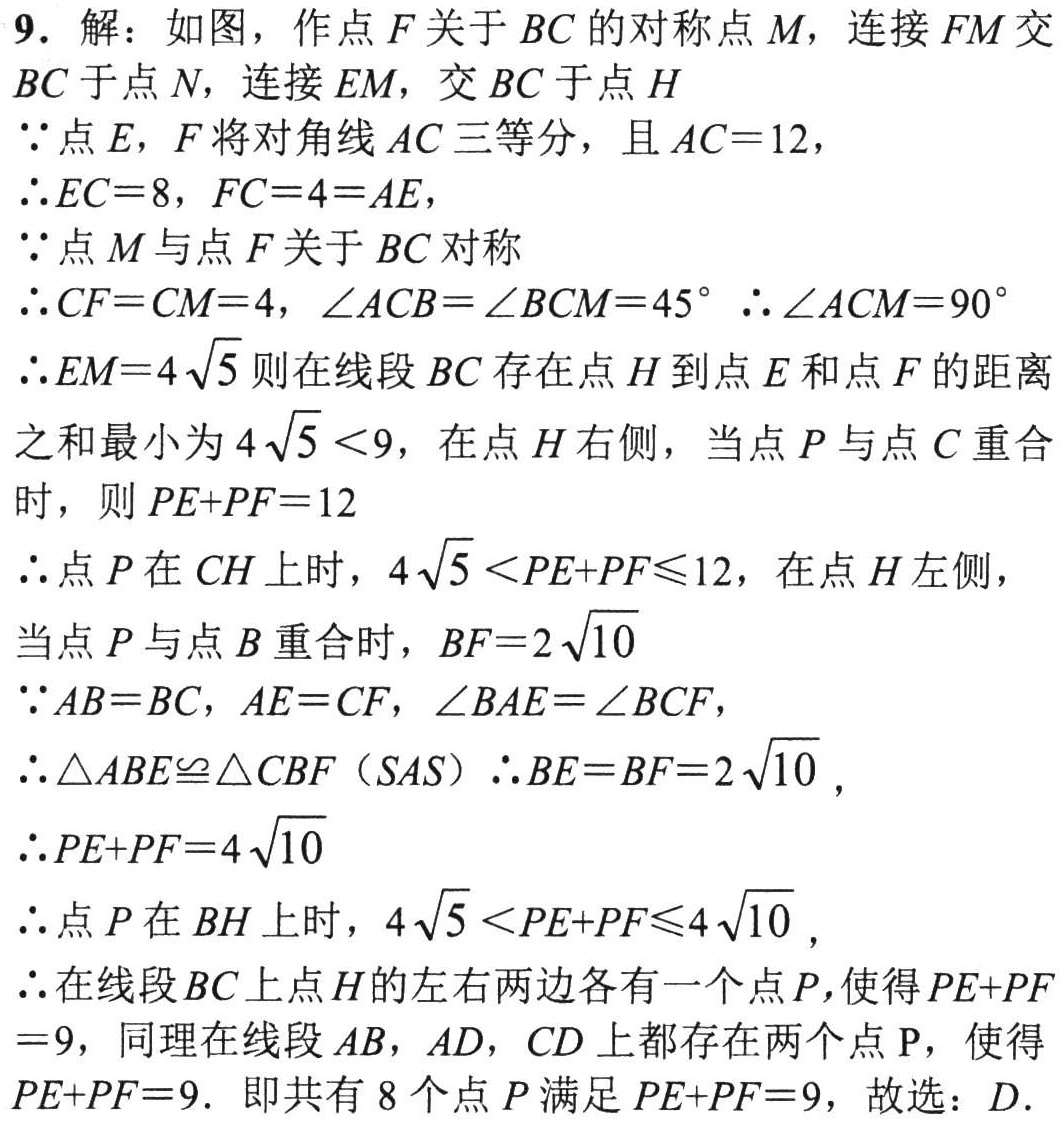
9. 解：如图，作点\(F\)关于\(BC\)的对称点\(M\)，连接\(FM\)交
\(BC\)于点\(N\)，连接\(EM\)，交\(BC\)于点\(H\)
\(\because\)点\(E\)，\(F\)将对角线\(AC\)三等分，且\(AC = 12\)，
\(\therefore EC = 8\)，\(FC = 4=AE\)，
\(\because\)点\(M\)与点\(F\)关于\(BC\)对称
\(\therefore CF = CM = 4\)，\(\angle ACB=\angle BCM = 45^{\circ}\) \(\therefore\angle ACM = 90^{\circ}\)
\(\therefore EM = 4\sqrt{5}\)则在线段\(BC\)存在点\(H\)到点\(E\)和点\(F\)的距离
之和最小为\(4\sqrt{5}<9\)，在点\(H\)右侧，当点\(P\)与点\(C\)重合
时，则\(PE + PF=12\)
\(\therefore\)点\(P\)在\(CH\)上时，\(4\sqrt{5}<PE + PF\leqslant12\)，在点\(H\)左侧，
当点\(P\)与点\(B\)重合时，\(BF = 2\sqrt{10}\)
\(\because AB = BC\)，\(AE = CF\)，\(\angle BAE=\angle BCF\)，
\(\therefore\triangle ABE\cong\triangle CBF\) (\(SAS\)) \(\therefore BE = BF = 2\sqrt{10}\)，
\(\therefore PE + PF = 4\sqrt{10}\)
\(\therefore\)点\(P\)在\(BH\)上时，\(4\sqrt{5}<PE + PF\leqslant4\sqrt{10}\)，
\(\therefore\)在线段\(BC\)上点\(H\)的左右两边各有一个点\(P\)，使得\(PE + PF\)
\(= 9\)，同理在线段\(AB\)，\(AD\)，\(CD\)上都存在两个点\(P\)，使得
\(PE + PF = 9\). 即共有\(8\)个点\(P\)满足\(PE + PF = 9\)，故选：\(D\).